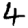
Digit: 4